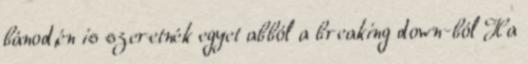
bánod,én is szeretnék egyet abból a breaking down-ból Ha